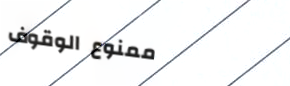
ممنوع الوقوف